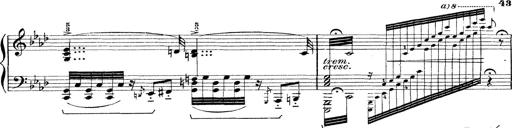
Title: Rapsodie: 19 ungheresi, 1 spagnuola
Composer: Franz Liszt